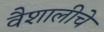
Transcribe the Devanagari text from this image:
वैशालीचे